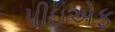
પીઇએફ